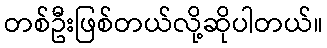
တစ်ဦးဖြစ်တယ်လို့ဆိုပါတယ်။